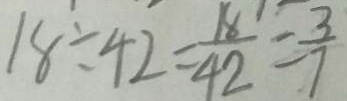
1 8 \div 4 2 = \frac { 1 8 } { 4 2 } = \frac { 3 } { 7 }